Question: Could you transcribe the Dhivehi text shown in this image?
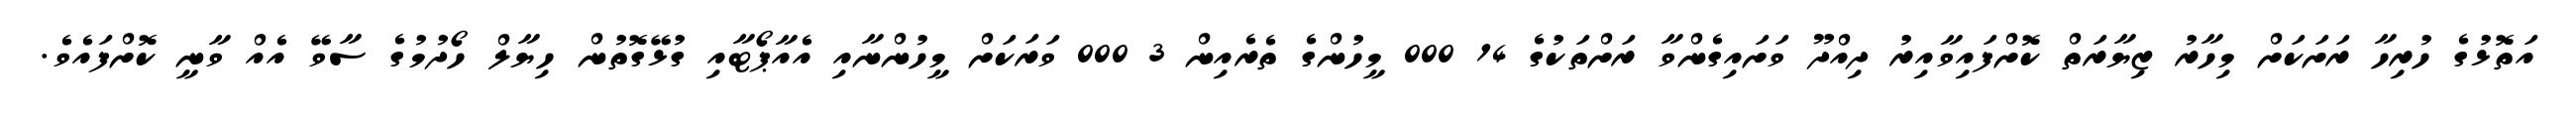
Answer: އަތޮޅުގެ ހުރިހާ ރަށަކަށް މިހާރު ޒިޔާރަތް ކޮށްފައިވާއިރު ދިއްދޫ ވަށައިގެންވާ ރަށްތަކުގެ 14 000 މީހުންގެ ތެރެއިން 3 000 ވަރަކަށް މީހުންނާއި އެއާޕޯޓާއި ގުޅޭގޮތުން ހިޔާލް ހޯދުމުގެ ސާވޭ އެއް ވާނީ ކޮށްފައެވެ.